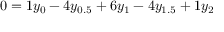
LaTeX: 0 = 1 y _ { 0 } - 4 y _ { 0 . 5 } + 6 y _ { 1 } - 4 y _ { 1 . 5 } + 1 y _ { 2 }